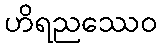
ဟိရညဿေဝ